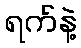
ရက်နဲ့